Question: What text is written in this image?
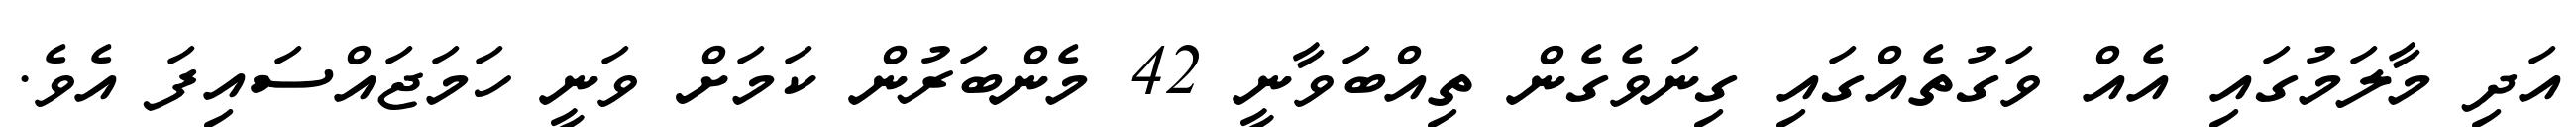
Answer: އަދި މާލަމުގައި އެއް ވަގުތެއްގައި ގިނަވެގެން ތިއްބަވާނީ 42 މެންބަރުން ކަމަށް ވަނީ ހަމަޖައްސައިފަ އެވެ.